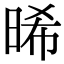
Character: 晞